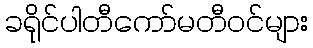
ခရိုင်ပါတီကော်မတီဝင်များ